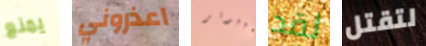
يمنع اعذروني كمبيوتر لقد لتقتل